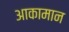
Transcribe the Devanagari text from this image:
आकामान